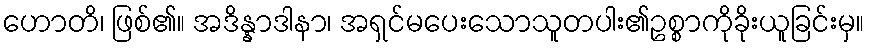
ဟောတိ၊ ဖြစ်၏။ အဒိန္နာဒါနာ၊ အရှင်မပေးသောသူတပါး၏ဥစ္စာကိုခိုးယူခြင်းမှ။